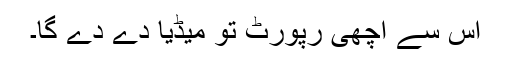
اس سے اچھی رپورٹ تو میڈیا دے دے گا۔